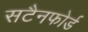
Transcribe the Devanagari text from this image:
सटैनफोर्ड